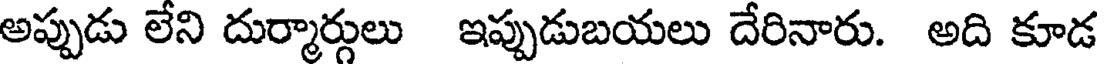
అప్పుడు లేని దుర్మార్గులు ఇప్పుడుబయలు దేరినారు. అది కూడ